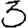
Digit: 3